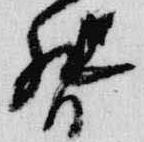
督